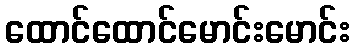
ထောင်ထောင်မောင်းမောင်း